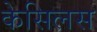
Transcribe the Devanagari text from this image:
केसिलस